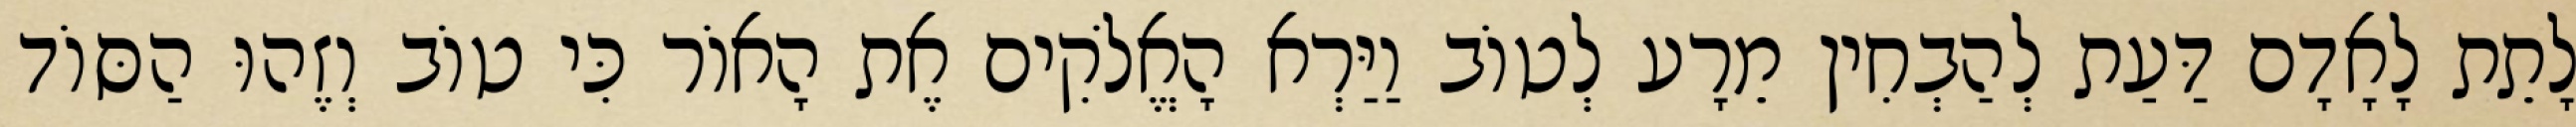
לָתֵת לָאָדָם דַּעַת לְהַבְחִין מֵרָע לְטוֹב וַיַּרְא הָאֱלֹקִים אֶת הָאוֹר כִּי טוֹב וְזֶהוּ הַסּוֹד